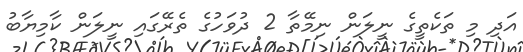
އަދި މި ތަކެތީގެ ނީލަން ނިމޭތާ 2 ދުވަހުގެ ތެރޭގައި ނީލަން ކާމިޔާބު